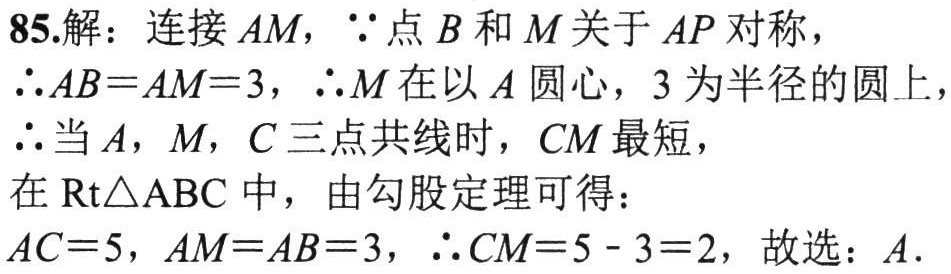
85.解：连接 \(AM\)，\(\because\)点 \(B\)和 \(M\)关于 \(AP\)对称，
\(\therefore AB = AM = 3\)，\(\therefore M\)在以 \(A\)圆心，\(3\)为半径的圆上，
\(\therefore\)当 \(A\)，\(M\)，\(C\)三点共线时，\(CM\)最短，
在\(\text{Rt}\triangle\text{ABC}\)中，由勾股定理可得：
\(AC = 5\)，\(AM = AB = 3\)，\(\therefore CM = 5 - 3 = 2\)，故选：\(A\).